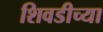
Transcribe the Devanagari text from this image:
शिवडीच्या